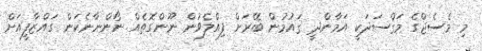
މި މެސެޖްގެ މަޤްސަދަކީ އަމާންދީ ޤައުމުން ބޭރަށް ފިއްލެވުން ނޫންގޮތެއް ނޯންނާނެކަން ގައްޒާފީއަށް